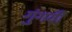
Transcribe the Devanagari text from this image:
गुंगवीं